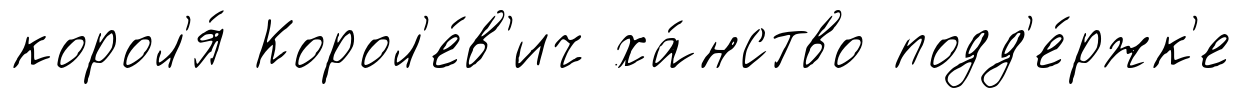
корол'я́ Корол'е́в'ич ха́нство подд'е́ржк'е